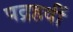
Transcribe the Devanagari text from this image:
पद्रहवीं